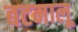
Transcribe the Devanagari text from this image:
बटमालू